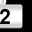
Digit: 2